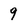
Character: 9